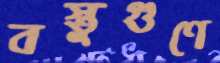
বস্তুগুণে